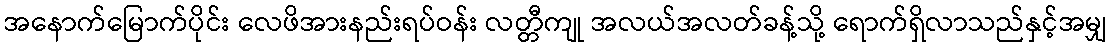
အနောက်မြောက်ပိုင်း လေဖိအားနည်းရပ်ဝန်း လတ္တီကျု အလယ်အလတ်ခန့်သို့ ရောက်ရှိလာသည်နှင့်အမျှ